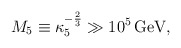
\begin{align*}M_{5} \equiv \kappa_{5}^{-{2\over 3}}\gg 10^{5}\,{\rm GeV},\end{align*}